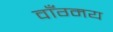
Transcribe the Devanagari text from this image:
वाँग्मय